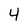
Character: 4